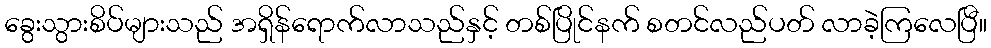
ခွေးသွားစိပ်များသည် အရှိန်ရောက်လာသည်နှင့် တစ်ပြိုင်နက် စတင်လည်ပတ် လာခဲ့ကြလေပြီ။